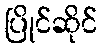
ပြိုင်ဆိုင်